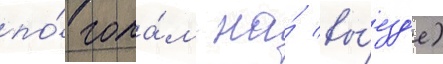
по́ гола́м на́ вы́езд'е)